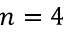
n = 4